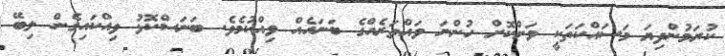
ކުރަމުންދިޔަ މަސައްކަތަކީ ވަށްކޮށް ހުންނަ ވައްތަރެއްގެ ބަނަހެއް ވިއްކުމެވެ. ބަނަސްކޮޅު ވިއްކައިގެން ލިބޭ